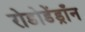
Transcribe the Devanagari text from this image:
रोडोडेंड्राँन